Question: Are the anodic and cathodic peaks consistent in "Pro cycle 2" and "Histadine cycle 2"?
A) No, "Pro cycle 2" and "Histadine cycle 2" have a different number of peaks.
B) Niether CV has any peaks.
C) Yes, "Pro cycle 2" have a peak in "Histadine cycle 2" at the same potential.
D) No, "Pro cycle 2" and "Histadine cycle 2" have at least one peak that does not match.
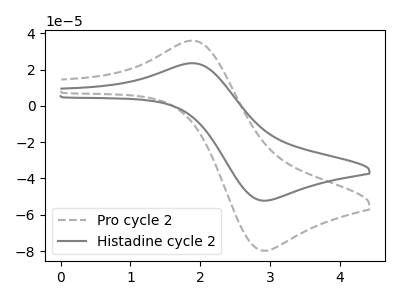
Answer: <think>The gray dashed curve "Pro cycle 2" has an anodic peak at (1.90V, 35.80uA) and a cathodic peak at (2.90V, -79.85uA). The gray curve "Histadine cycle 2" has an anodic peak at (1.90V, 23.45uA) and a cathodic peak at (2.90V, -52.25uA).</think>
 <answer>C) Yes, "Pro cycle 2" have a peak in "Histadine cycle 2" at the same potential.</answer>
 <eval>C</eval>